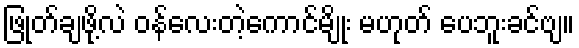
ဖြုတ်ချဖို့လဲ ဝန်လေးတဲ့ကောင်မျိုး မဟုတ် ပေဘူးခင်ဗျ။